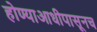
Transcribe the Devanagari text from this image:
होण्याआधीपासूनच